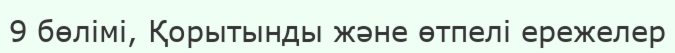
9 бөлімі, Қорытынды және өтпелі ережелер